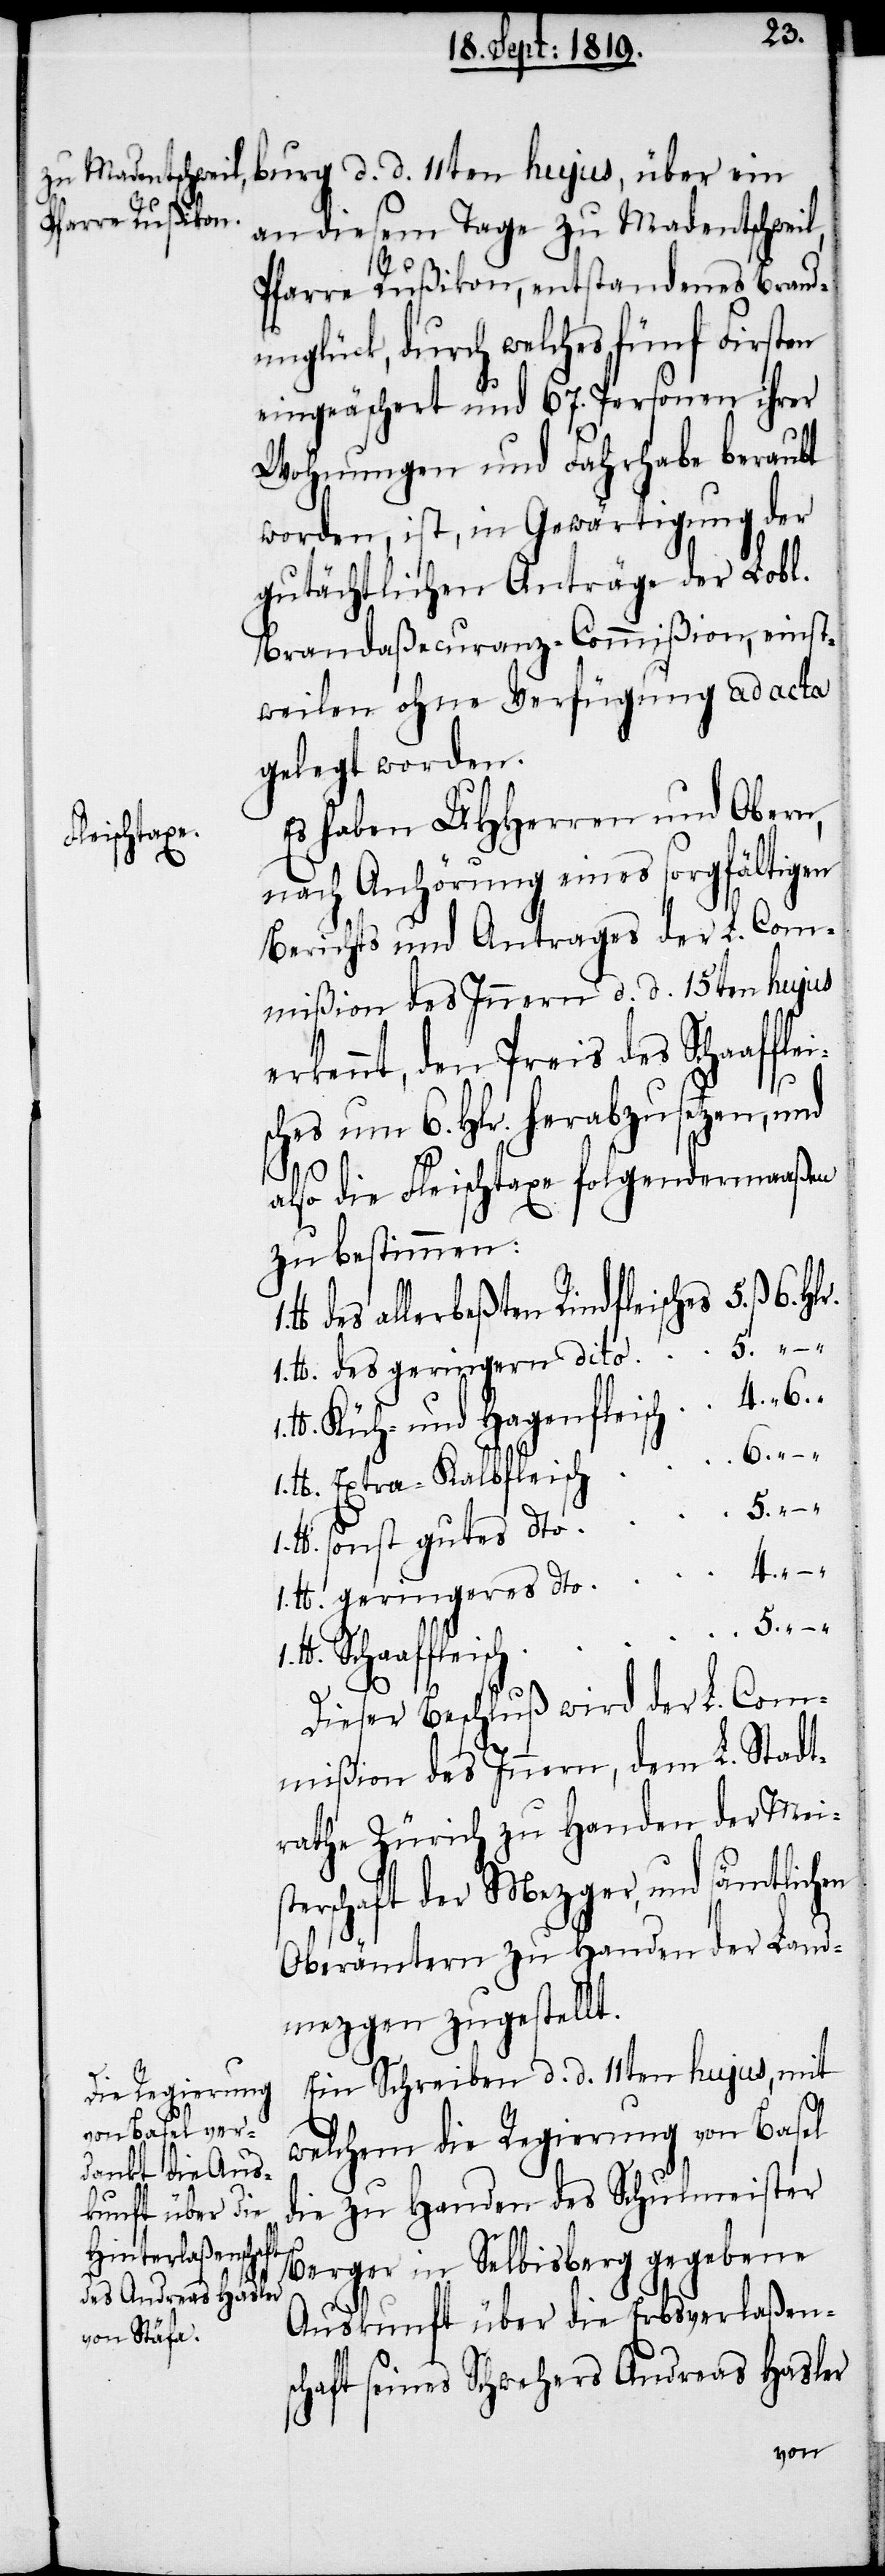
leische¬

burg d. d. 11ten hujus, über ein
an diesem Tage zu Madentschweil,
Pfarre Rußikon, entstandenes Brand¬
unglück, durch welches fünf Firsten
eingeäschert und 67. Personen ihrer
Wohnungen und Fahrhabe beraubt
worden, ist, in Gewärtigung der
gutächtlichen Anträge der Lobl.
Brandaßecuranz-Commißion, einst¬
weilen ohne Verfügung ad acta
gelegt worden.
Es haben UHHerren und Obern,
nach Anhörung eines sorgfältigen
Berichts und Antrages der L. Com¬
mißion des Innern d. d. 15ten hujus
erkennt, den Preis des Schaaff¬
s um 6. Hlr. herabzusetzen, und
also die Fleischtaxe folgendermaßen
zu bestimmen:
des allerbeßten Rindfleisches		5. ß.
1. lb. des geringern dito		5. " –
lb. Küh- und Hagenfleisch		4. "
1. lb. Exra-Kalbfleisch		6. " –
1. lb. sonst gutes dto		5. " –
1. lb. geringeres dto		4. " –
lb. Schaaffleisch		5.
–
Dieser Beschluß wird der L. Com¬
mißion des Innern, dem L. Stadt¬
rathe Zürich zu Handen der Meis¬
terschaft der Mezger, und sämtlichen
Oberämtern zu Handen der Land¬
mezgen zugestellt.
Ein Schreiben d. d. 11ten hujus, mit
welchem die Regierung von Basel
die zu Handen des Schulmeister
Berger in Selbisberg gegebene
Auskunft über die Erbsverlaßen¬
schaft seines Schwehers Andreas Hasler